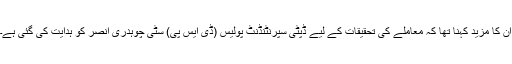
ان کا مزید کہنا تھا کہ معاملے کی تحقیقات کے لیے ڈپٹی سپرنٹنڈنٹ پولیس (ڈی ایس پی) سٹی چوہدری انصر کو ہدایت کی گئی ہے۔